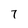
Character: 7